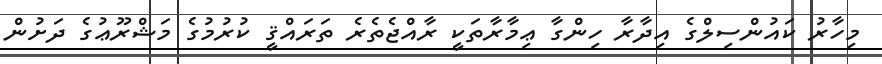
މިހާރު ކައުންސިލްގެ އިދާރާ ހިންގާ ޢިމާރާތަކީ ރާއްޖެތެރެ ތަރައްޤީ ކުރުމުގެ މަޝްރޫޢުގެ ދަށުން